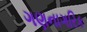
ગણનાગરિક